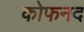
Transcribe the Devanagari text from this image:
कोफनद